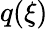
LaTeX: q(\mathbf{\xi})